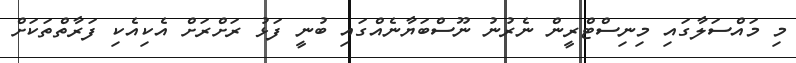
މި މައްސަލާގައި މިނިސްޓްރީން ނެރުނު ނޫސްބަޔާނެއްގައި ބުނީ ފަޅު ރަށްރަށް އެކިއެކި ފަރާތްތަކަށް